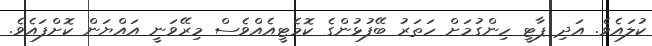
ކުލައެވެ. އަދި ޕާޓީ ހިންގުމަށް ހަތަރު ބޭފުޅުންގެ ކޮމެޓީއެއްވެސް މިރޭވަނީ އައްޔަން ކޮށްފައެވެ.